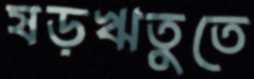
ষড়ঋতুতে